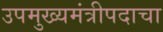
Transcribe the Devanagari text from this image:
उपमुख्यमंत्रीपदाचा